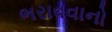
ભરાવવાનો